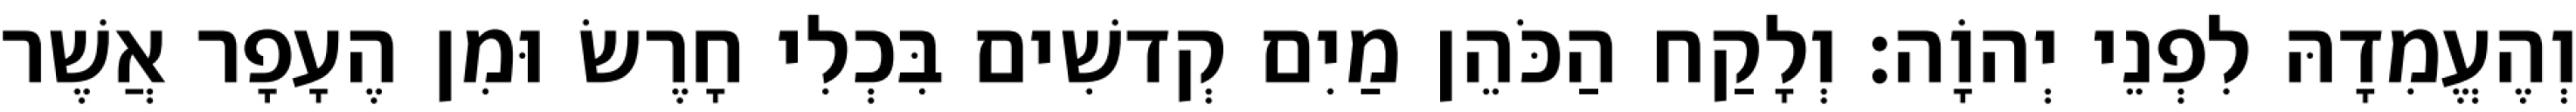
וְהֶעֱמִדָהּ לִפְנֵי יְהוָֹה׃ וְלָקַח הַכֹּהֵן מַיִם קְדשִׁים בִּכְלִי חָרֶשׂ וּמִן הֶעָפָר אֲשֶׁר